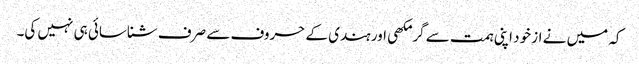
کہ میں نے از خود اپنی ہمت سے گرمکھی اور ہندی کے حروف سے صرف شناسائی ہی نہیں کی۔